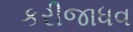
કરીજાધવ